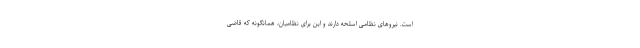
است. نیروهای نظامی اسلحه دارند و این برای نظامیان، همانگونه که قاضی